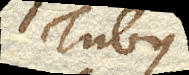
Tubus